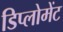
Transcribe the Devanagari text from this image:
डिप्लोमेंट